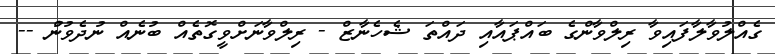
ގެއްލުވާލާފައިވާ ރިލްވާންގެ ބައްޕައާއި ދައްތަ ޝެހެނާޒް - ރިލްވާނަށްވީގޮތެއް ބުނެއް ނުދެވުނުް --